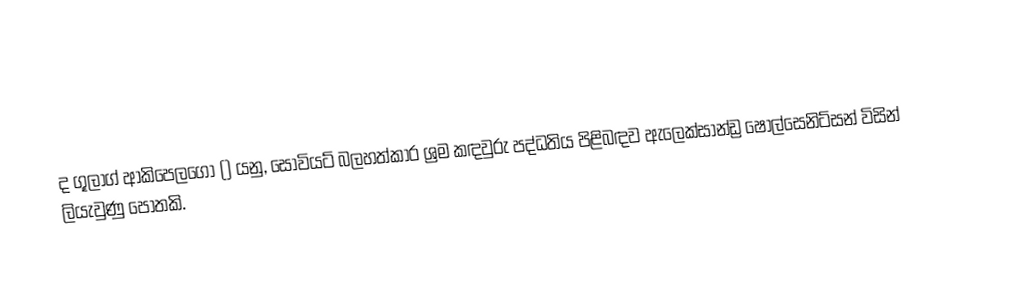
ද ගූලාග් ආකිපෙලගෝ  () යනු, සෝවියට් බලහත්කාර ශ්‍රම කඳවුරු පද්ධතිය පිළිබඳව ඇලෙක්සාන්ඩ්‍ර ෂොල්සෙනිට්සන් විසින් ලියැවුණු පොතකි.